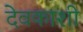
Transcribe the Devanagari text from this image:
देवकाशी